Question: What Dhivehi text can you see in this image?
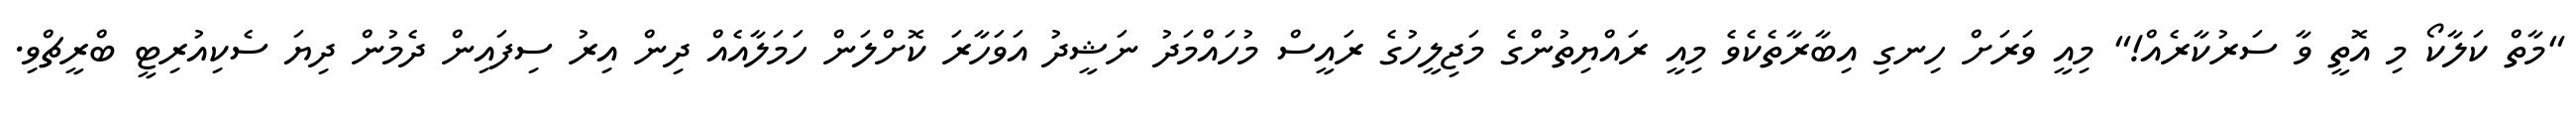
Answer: "މާތް ކަލާކޯ މި އޮތީ ވާ ސަރުކާރެއް!" މިއީ ވަރަށް ހިނގި އިބާރާތެކެވެ މިއީ ރައްޔިތުންގެ މަޖިލީހުގެ ރައީސް މުހައްމަދު ނަޝީދު އަވަހާރަ ކޮށްލަން ހަމަލާއެއް ދިން އިރު ސިފައިން ދެމުން ދިޔަ ސެކިއުރިޓީ ބްރީޗްވި.